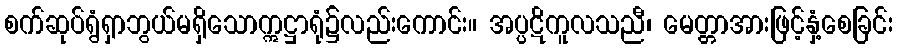
စက်ဆုပ်ရွံရှာဘွယ်မရှိသောဣဋ္ဌာရုံ၌လည်းကောင်း။ အပ္ပဋိကူလသညီ၊ မေတ္တာအားဖြင့်နှံ့စေခြင်း